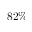
8 2 \%